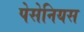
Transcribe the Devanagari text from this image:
पेसेनियस